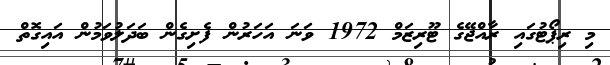
މި ރިޕޯޓުގައި ރާއްޖޭގެ ޓޫރިޒަމް 1972 ވަނަ އަހަރުން ފެށިގެން ބަދަލުވަމުން އައިގޮތް